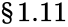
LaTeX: \S 1.11